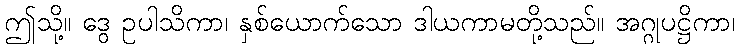
ဤသို့။ ဒွေ ဥပါသိကာ၊ နှစ်ယောက်သော ဒါယကာမတို့သည်။ အဂ္ဂုပဋ္ဌိကာ၊